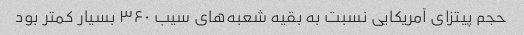
حجم پیتزای آمریکایی نسبت به بقیه شعبه‌های سیب ٣۶٠ بسیار کمتر بود